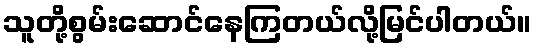
သူတို့စွမ်းဆောင်နေကြတယ်လို့မြင်ပါတယ်။